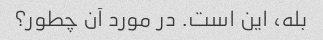
بله، این است. در مورد آن چطور؟